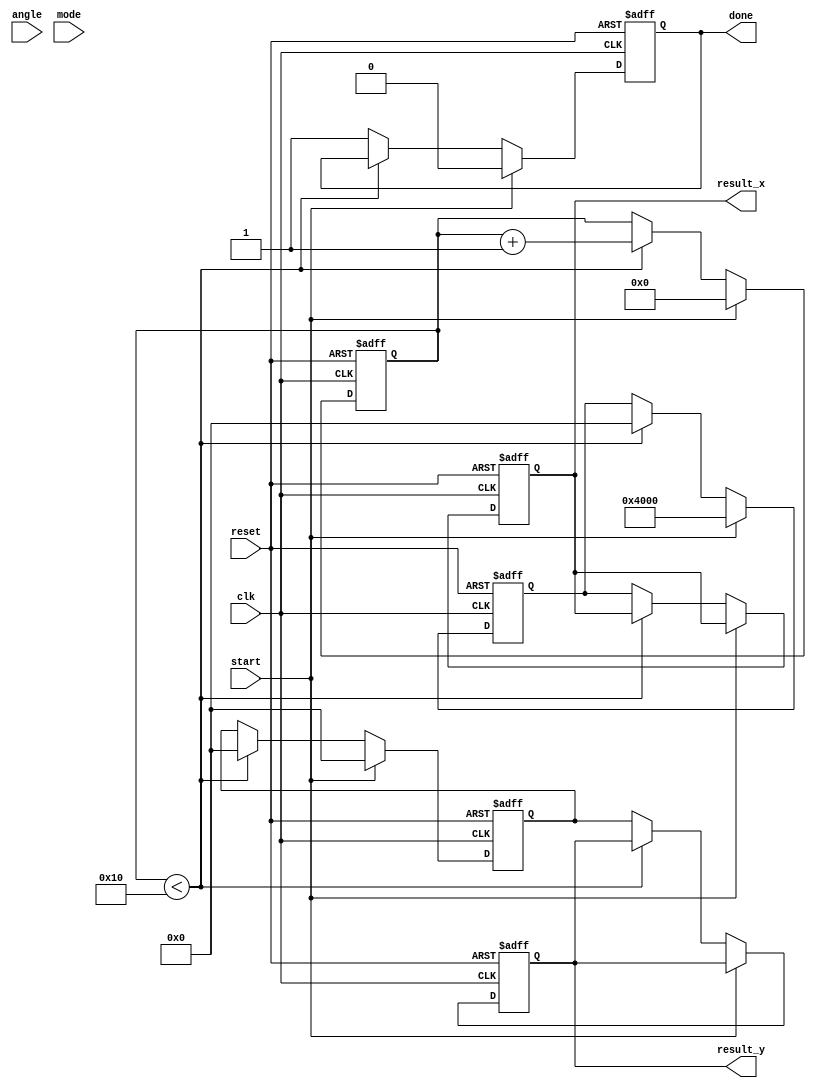
module adaptive_cordic #(
    parameter N = 16,  // Word length
    parameter ITERATIONS = 16  // Number of iterations
) (
    input clk,
    input reset,
    input start,
    input [N-1:0] angle,  // Input angle in fixed-point format
    input mode,  // 0 for rotation, 1 for vectoring
    output reg [N-1:0] result_x,  // Result for cosine or hyperbolic function
    output reg [N-1:0] result_y,  // Result for sine or hyperbolic function
    output reg done  // Computation done signal
);

    reg [N-1:0] x, y;  // Input vector
    reg [N-1:0] z;  // Current angle
    reg [4:0] iteration_count;  // Iteration counter
    reg [N-1:0] atan_table [0:ITERATIONS-1];  // Lookup table for arctangent values
    reg [N-1:0] scaling_factor;  // Scaling factor

    // Initialize arctangent values in the lookup table
    initial begin
        atan_table[0] = 16'h0000; // atan(0)
        atan_table[1] = 16'h2000; // atan(1)
        atan_table[2] = 16'h3F3C; // atan(0.5)
        // Continue filling the table with values for the desired iterations
    end

    // Initialize scaling factor (2^-N)
    initial begin
        scaling_factor = 16'h7FFF; // 1.0 in fixed point (scaled)
    end

    always @(posedge clk or posedge reset) begin
        if (reset) begin
            // Reset all registers
            x <= 0;
            y <= 0;
            z <= 0;
            iteration_count <= 0;
            result_x <= 0;
            result_y <= 0;
            done <= 0;
        end else if (start) begin
            // Initialize state
            x <= 16'h4000; // Initial x value (1.0)
            y <= 0; // Initial y value (0.0)
            z <= angle; // Input angle
            iteration_count <= 0;
            done <= 0;
        end else if (iteration_count < ITERATIONS) begin
            // CORDIC iteration
            if (mode == 0) begin // Rotation mode
                if (z < 0) begin
                    // Rotate clockwise
                    x <= x + (y >>> iteration_count);
                    y <= y - (x >>> iteration_count);
                    z <= z + atan_table[iteration_count];
                end else begin
                    // Rotate counter-clockwise
                    x <= x - (y >>> iteration_count);
                    y <= y + (x >>> iteration_count);
                    z <= z - atan_table[iteration_count];
                end
            end else begin // Vectoring mode
                if (y < 0) begin
                    // Vectoring down
                    x <= x + (y >>> iteration_count);
                    y <= y + (x >>> iteration_count);
                    z <= z + atan_table[iteration_count];
                end else begin
                    // Vectoring up
                    x <= x - (y >>> iteration_count);
                    y <= y - (x >>> iteration_count);
                    z <= z - atan_table[iteration_count];
                end
            end

            // Scale the outputs
            x <= (x * scaling_factor) >>> N; 
            y <= (y * scaling_factor) >>> N;

            // Increment iteration count
            iteration_count <= iteration_count + 1;
        end else begin
            // Computation done
            result_x <= x;
            result_y <= y;
            done <= 1;
        end
    end

endmodule